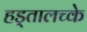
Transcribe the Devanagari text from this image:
हड्तालच्के